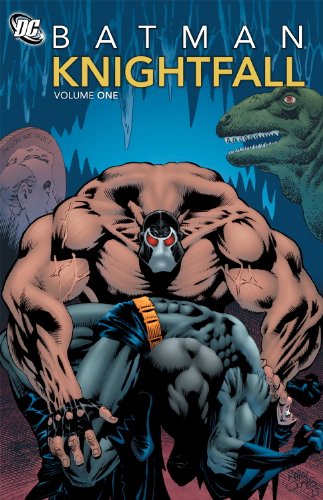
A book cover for Batman: Knightfall, Vol. 1; Doug Moench; Comics & Graphic Novels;